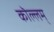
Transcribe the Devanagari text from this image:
कॊल्लम्